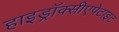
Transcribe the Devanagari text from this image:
हाइड्रॉक्सीएपेटाइट